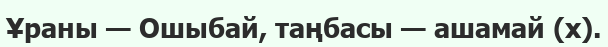
Ұраны — Ошыбай, таңбасы — ашамай (х).